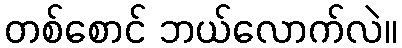
တစ်စောင် ဘယ်လောက်လဲ။